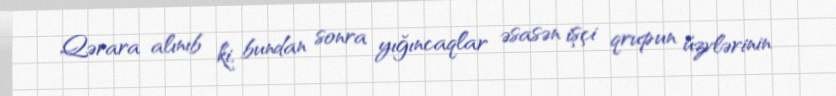
Qərara alınıb ki, bundan sonra yığıncaqlar əsasən işçi qrupun üzvlərinin